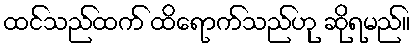
ထင်သည်ထက် ထိရောက်သည်ဟု ဆိုရမည်။